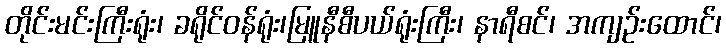
တိုင်းမင်းကြီးရုံး၊ ခရိုင်ဝန်ရုံး၊မြူနီစီပယ်ရုံးကြီး၊ နာရီစင်၊ အကျဉ်းထောင်၊